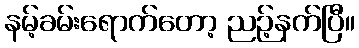
နမ့်ခမ်းရောက်တော့ ညဉ့်နက်ပြီ။